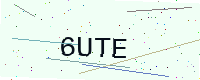
Text: 6UTE